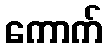
ကောက်